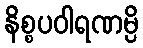
နိစ္စပဝါရဏမ္ပိ